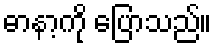
ဓာနာ့ကို ပြောသည်။